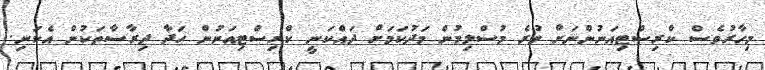
މިހާރުވެސް ކްރިސްޓިއަނުންނަށް ވުރެ މުސްލިމުން މަދުކަމަށް ދައްކަނީ ކްރިސްޓިއަނުން ހަދާ ދިރާސާތަކުން އެކަނި.